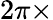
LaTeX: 2\pi\times